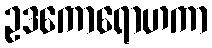
ဥဒကောရောဟကာ